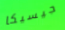
جيسيكا